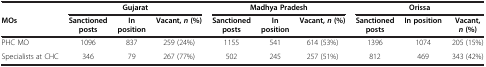
<table><thead><tr><td><b> </b></td><td colspan="3"><b>Gujarat</b></td><td colspan="3"><b>Madhya Pradesh</b></td><td colspan="3"><b>Orissa</b></td></tr><tr><td><b>MOs</b></td><td><b>Sanctioned posts</b></td><td><b>In position</b></td><td><b>Vacant, <i>n </i>(%)</b></td><td><b>Sanctioned posts</b></td><td><b>In position</b></td><td><b>Vacant, <i>n </i>(%)</b></td><td><b>Sanctioned posts</b></td><td><b>In position</b></td><td><b>Vacant, <i>n </i>(%)</b></td></tr></thead><tbody><tr><td>PHC MO</td><td>1096</td><td>837</td><td>259 (24%)</td><td>1155</td><td>541</td><td>614 (53%)</td><td>1396</td><td>1074</td><td>205 (15%)</td></tr><tr><td>Specialists at CHC</td><td>346</td><td>79</td><td>267 (77%)</td><td>502</td><td>245</td><td>257 (51%)</td><td>812</td><td>469</td><td>343 (42%)</td></tr></tbody></table>